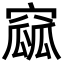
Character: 窳